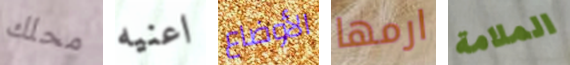
محلك اعنيه الأوضاع ارمها الملامة